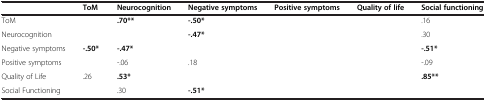
<table><thead><tr><td>[EMPTY_CELL]</td><td><b>ToM</b></td><td><b>Neurocognition</b></td><td><b>Negative symptoms</b></td><td><b>Positive symptoms</b></td><td><b>Quality of life</b></td><td><b>Social functioning</b></td></tr></thead><tbody><tr><td>ToM</td><td>[EMPTY_CELL]</td><td><b>.70**</b></td><td><b>-.50*</b></td><td>[EMPTY_CELL]</td><td>[EMPTY_CELL]</td><td>.16</td></tr><tr><td>Neurocognition</td><td>[EMPTY_CELL]</td><td>[EMPTY_CELL]</td><td><b>-.47*</b></td><td>[EMPTY_CELL]</td><td>[EMPTY_CELL]</td><td>.30</td></tr><tr><td>Negative symptoms</td><td><b>-.50*</b></td><td><b>-.47*</b></td><td>[EMPTY_CELL]</td><td>[EMPTY_CELL]</td><td>[EMPTY_CELL]</td><td><b>-.51*</b></td></tr><tr><td>Positive symptoms</td><td>[EMPTY_CELL]</td><td>-.06</td><td>.18</td><td>[EMPTY_CELL]</td><td>[EMPTY_CELL]</td><td>-.09</td></tr><tr><td>Quality of Life</td><td>.26</td><td><b>.53*</b></td><td>[EMPTY_CELL]</td><td>[EMPTY_CELL]</td><td>[EMPTY_CELL]</td><td><b>.85**</b></td></tr><tr><td>Social Functioning</td><td>[EMPTY_CELL]</td><td>.30</td><td><b>-.51*</b></td><td>[EMPTY_CELL]</td><td>[EMPTY_CELL]</td><td>[EMPTY_CELL]</td></tr></tbody></table>